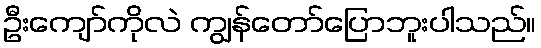
ဦးကျော်ကိုလဲ ကျွန်တော်ပြောဘူးပါသည်။